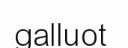
galluot